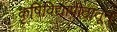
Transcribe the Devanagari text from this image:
कृषिविद्यापीठातून